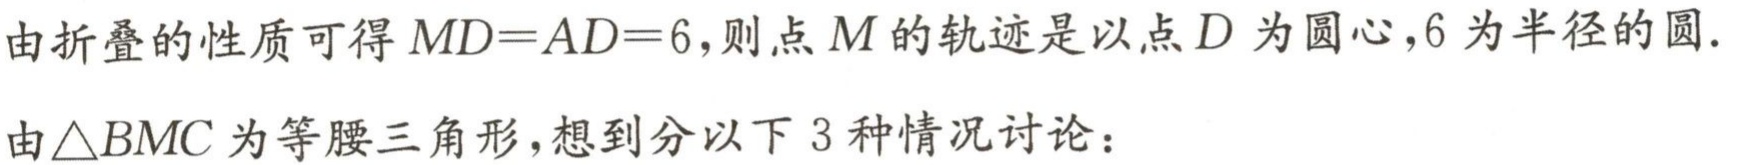
由折叠的性质可得\(MD = AD = 6\)，则点\(M\)的轨迹是以点\(D\)为圆心，\(6\)为半径的圆.

由\(\triangle BMC\)为等腰三角形，想到分以下\(3\)种情况讨论：